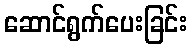
ဆောင်ရွက်ပေးခြင်း